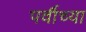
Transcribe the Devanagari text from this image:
पर्वीच्या